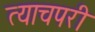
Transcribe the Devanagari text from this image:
त्याचपरी